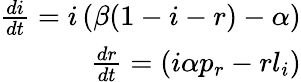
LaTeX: \begin{array}{r}{\frac{di}{dt}=i\left(\beta(1-i-r)-\alpha\right)}\\ {\frac{dr}{dt}=\left(i\alpha p_{r}-rl_{i}\right)}\end{array}